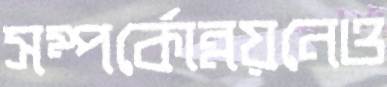
সম্পর্কোন্নয়নেও